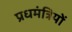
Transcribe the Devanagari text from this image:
प्रधमंत्रियों